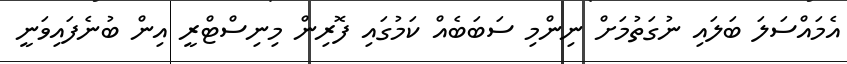
އެމައްސަލަ ބަލައި ނުގަތުމަށް ނިންމި ސަބަބެއް ކަމުގައި ފޮރިން މިނިސްޓްރީ އިން ބުނެފައިވަނީ